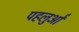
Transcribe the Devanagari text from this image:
पहलुओें